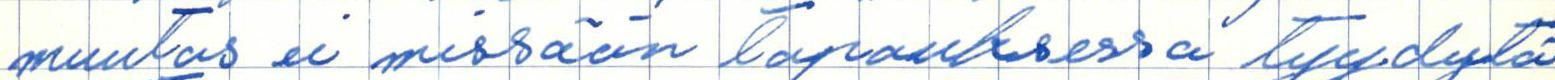
muutos ei missään tapauksessa tyydytä